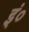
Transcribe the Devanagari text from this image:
इं०